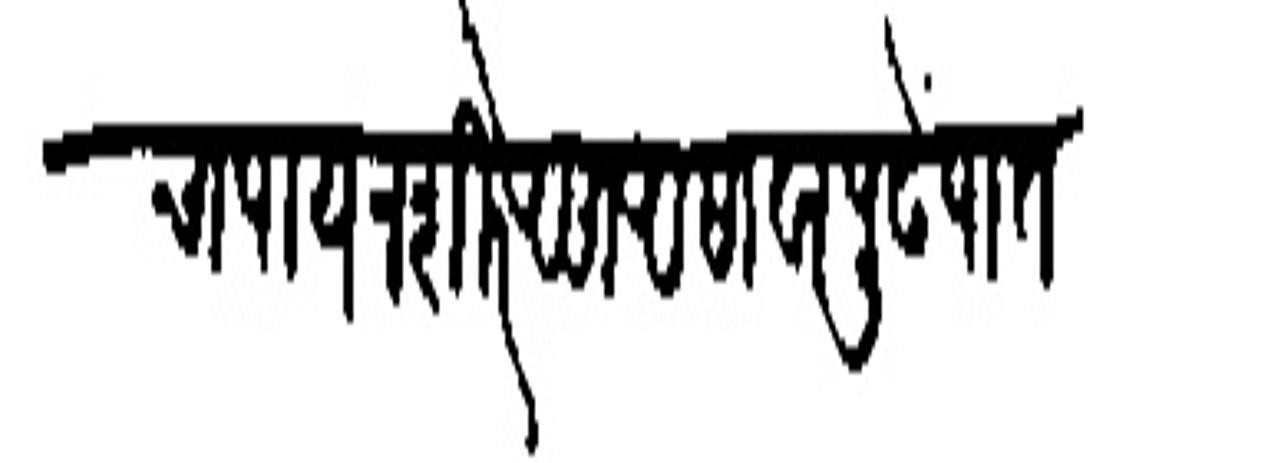
Transliteration (Devanagari): चा पाय न शिरे असा असावा पुढे पातशाहानी